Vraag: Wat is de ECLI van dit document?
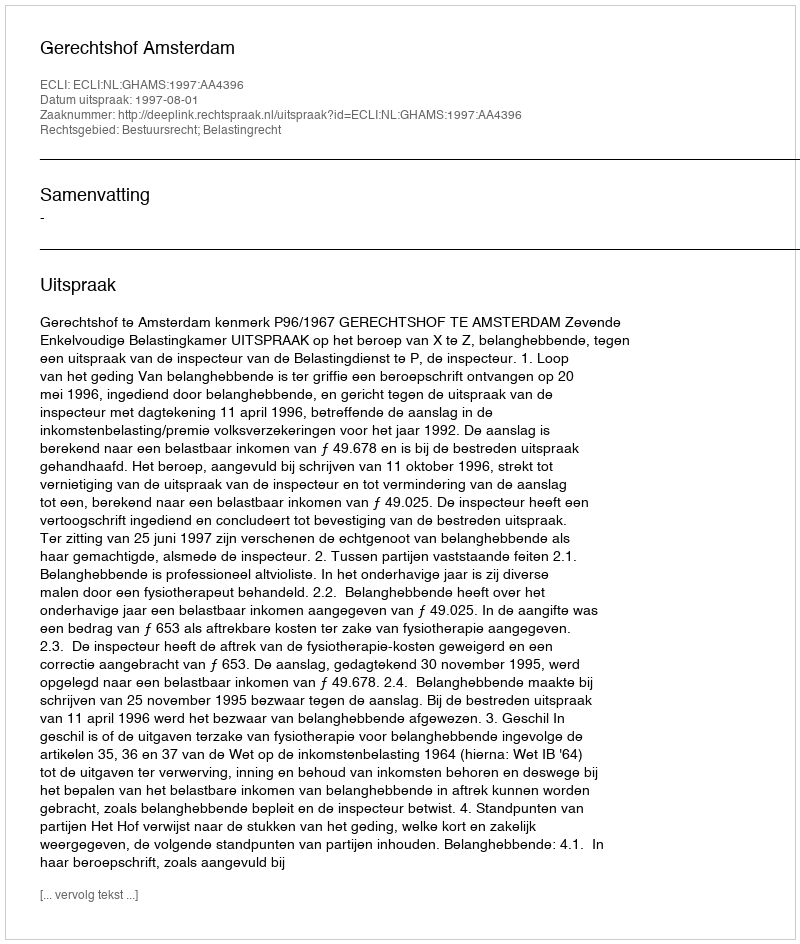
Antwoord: ECLI:NL:GHAMS:1997:AA4396